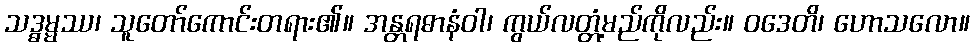
သဒ္ဓမ္မဿ၊ သူတော်ကောင်းတရား၏။ အန္တရဓာနံဝါ၊ ကွယ်လတ္တံ့မည်ကိုလည်း။ ဝဒေတိ၊ ဟောသလော။